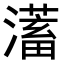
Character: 𭳀